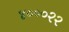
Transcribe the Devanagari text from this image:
४०००२२